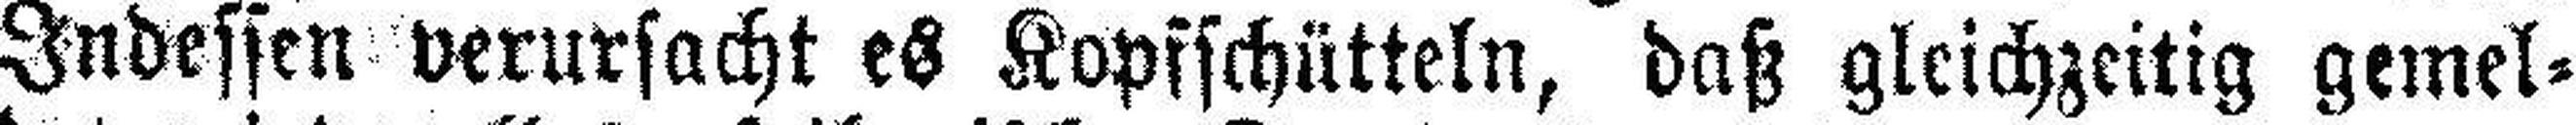
Indessen verursacht es Kopfschütteln, daß gleichzeitig gemel¬